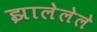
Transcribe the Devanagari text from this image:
झालेलेले